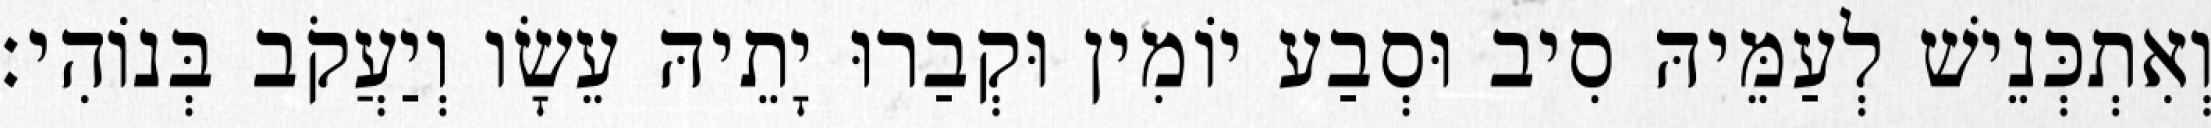
וְאִתְכְּנֵישׁ לְעַמֵּיהּ סִיב וּסְבַע יוֹמִין וּקְבַרוּ יָתֵיהּ עֵשָׂו וְיַעֲקֹב בְּנוֹהִי׃